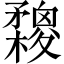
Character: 𣟮